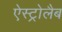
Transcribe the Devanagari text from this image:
ऐस्ट्रोलैब